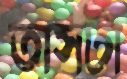
তাসটা